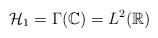
LaTeX: \begin{align*}\mathcal{H}_1=\Gamma(\mathbb{C})=L^2(\mathbb{R})\end{align*}